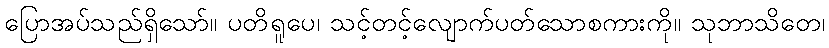
ပြောအပ်သည်ရှိသော်။ ပတိရူပေ၊ သင့်တင့်လျောက်ပတ်သောစကားကို။ သုဘာသိတေ၊